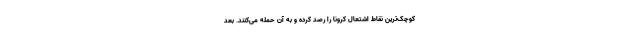
کوچک‌ترین نقاط اشتعال کرونا را رصد کرده و به آن حمله می‌کنند. بعد